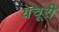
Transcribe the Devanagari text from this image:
येचूरी